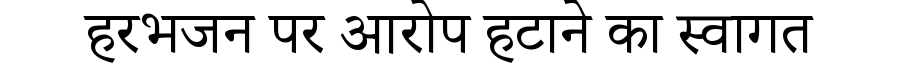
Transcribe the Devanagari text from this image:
हरभजन पर आरोप हटाने का स्वागत